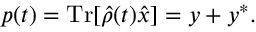
p ( t ) = \mathrm { T r } [ \hat { \rho } ( t ) \hat { x } ] = y + y ^ { * } .